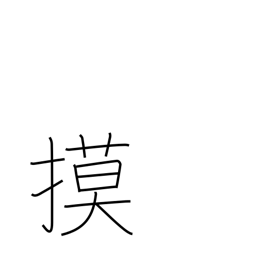
Meaning: copy